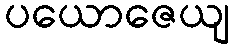
ပယောဇေယျ